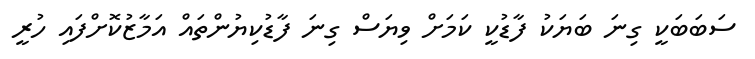
ސަބަބަކީ ގިނަ ބަޔަކު ފާޑުކީ ކަމަށް ވިޔަސް ގިނަ ފާޑުކިޔުންތައް އަމާޒުކޮށްފައި ހުރީ